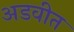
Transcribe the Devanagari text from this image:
अडवीत